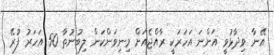
އޭނާ ވިދާޅުވީ އަންނަ އަހަރަކީ ރާއްޖެއަށް މިނިވަންކަން ލިބުނުތާ 50 އަހަރު ފުރޭ